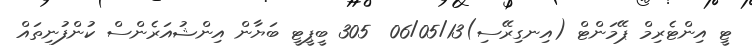
ޓީ އިންޓެރިމް ޕޭމަންޓް (އިނގިރޭސި)06/05/13  305 ބީޕީޓީ ބަޔާން އިންޝުއަރެންސް ކުންފުނިތައް